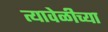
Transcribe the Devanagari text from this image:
त्यावेळीच्या